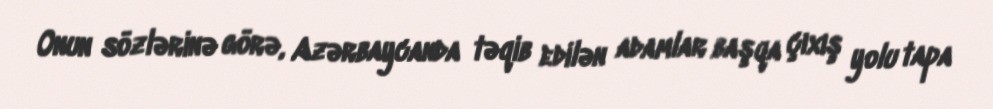
Onun sözlərinə görə, Azərbaycanda təqib edilən adamlar başqa çıxış yolu tapa